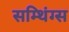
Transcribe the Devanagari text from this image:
सम्थिंग्स